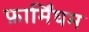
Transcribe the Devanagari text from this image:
फ़ार्मिंघम